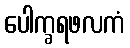
ပေါက္ခရဖလကံ